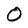
Character: 0